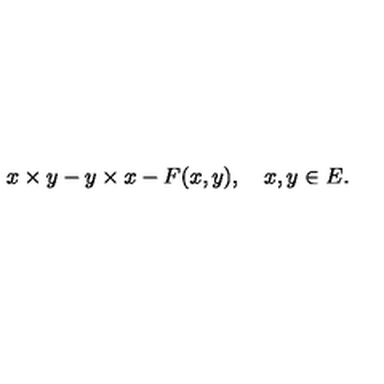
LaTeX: x \times y - y \times x - F ( x , y ) , \quad x , y \in E .